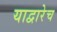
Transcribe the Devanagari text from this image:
याद्वारेच